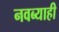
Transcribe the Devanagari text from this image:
नवब्याही